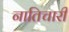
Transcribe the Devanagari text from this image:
नातिचारी